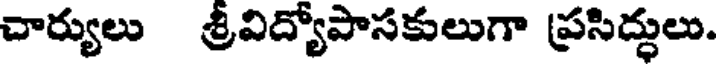
చార్యులు శ్రీవిద్యోపాసకులుగా ప్రసిద్ధులు.